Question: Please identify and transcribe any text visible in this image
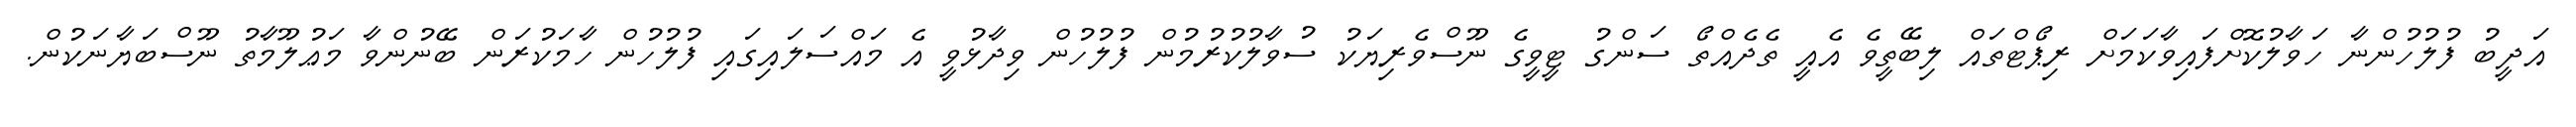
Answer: އަދީބު ފުލުހުންނާ ހަވާލުކޮށްފައިވާކަމަށް ރިޕޯޓްތައް ލިބޭތީވެ އެއީ ތެދެއްތޯ ސަންގު ޓީވީގެ ނޫސްވެރިޔަކު ސުވާލުކުރުމުން ފުލުހުން ވިދާޅުވީ އެ މައްސަލައިގައި ފުލުހުން ހާމަކުރަން ބޭނުންވާ މަޢުލޫމާތު ނޫސްބަޔާނަކުން.